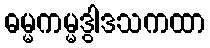
ဓမ္မကမ္မဒွါဒသကထာ